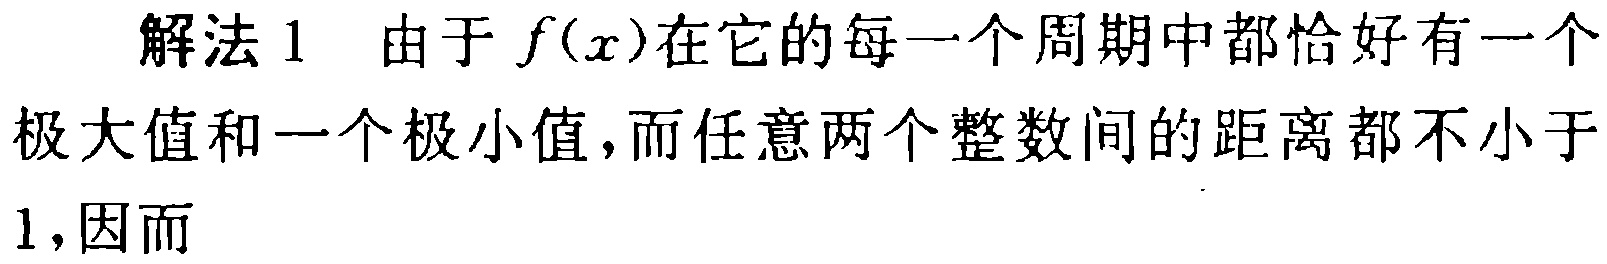
解法 1 由于 \(f(x)\)在它的每一个周期中都恰好有一个极大值和一个极小值,而任意两个整数间的距离都不小于1,因而